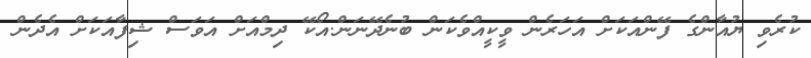
ކުރެވި ޔުއާންގެ ފޭންއަކަށް އަހަރެން ވީކީއްވެކަން ބުނެދޭނަން.އޯކޭ ދިމްއަށް އަވަސް ޝިފާާއަކަށް އެދެން